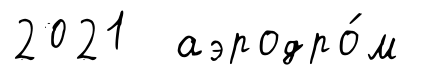
2021 аэродро́м